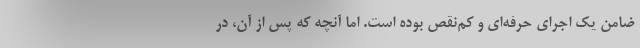
ضامن یک اجرای حرفه‌ای و کم‌نقص بوده است. اما آنچه که پس از آن، در